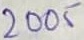
Text: 2005